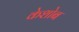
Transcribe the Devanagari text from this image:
केशोब